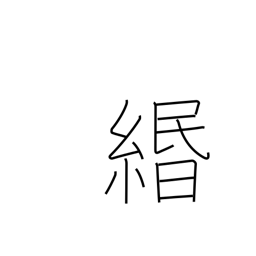
Meaning: paper string